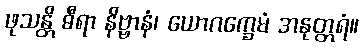
ဖုသန္တိ ဓီရာ နိဗ္ဗာနံ၊ ယောဂက္ခေမံ အနုတ္တရံ။